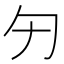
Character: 𠣐